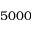
5 0 0 0